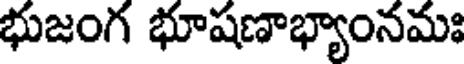
భుజంగ భూషణాభ్యాంనమః